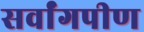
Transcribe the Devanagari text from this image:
सर्वांगपीण